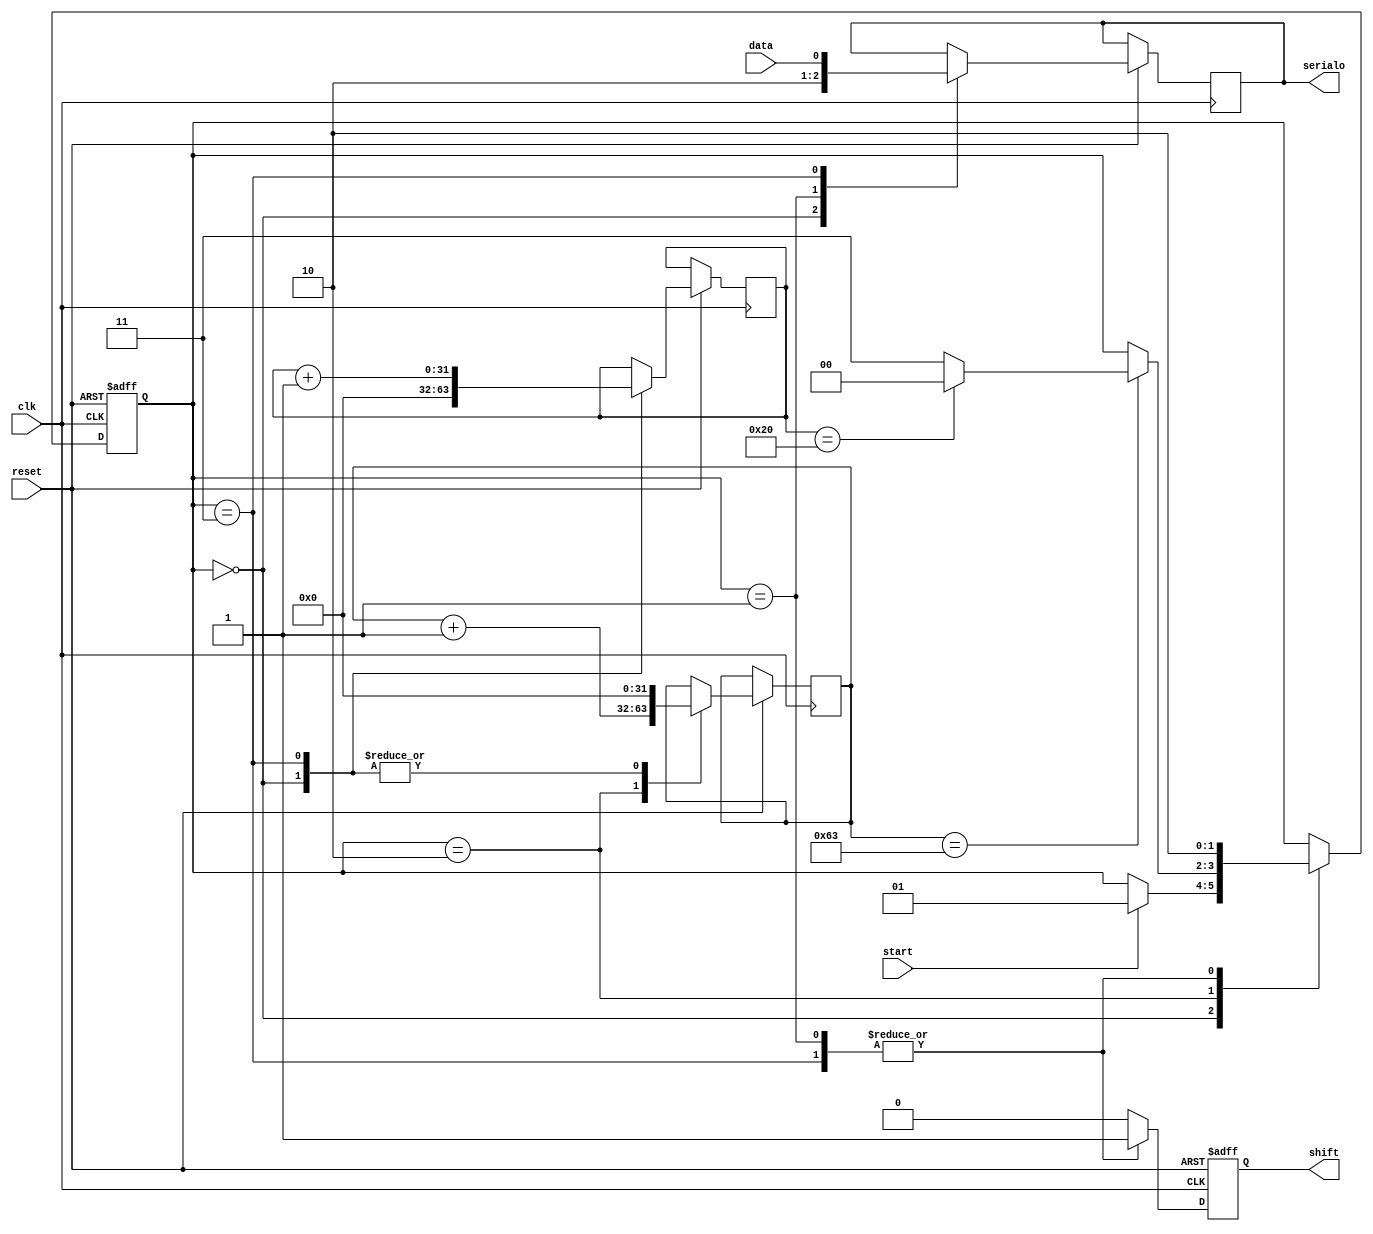
`timescale 1ns / 1ps
//////////////////////////////////////////////////////////////////////////////////
// Company: 
// Engineer: 
// 
// Design Name: 
// Module Name:    UART 
// Project Name: 
// Target Devices: 
// Tool versions: 
// Description: 
//
// Dependencies: 
//
// Revision: 
// Revision 0.01 - File Created
// Additional Comments: 
//
//////////////////////////////////////////////////////////////////////////////////
module UART #(parameter N=32, parameter M=100)(
	input clk,
	input reset,
	input data,
	input start,
	output reg shift,
	output reg serialo);
	
	parameter Wait=0;
	parameter Start=1;
	parameter Period=2;
	parameter Write=3;
	
	reg [31:0]counter;
	reg [31:0]period;
	reg [1:0] state;
	
	 always @ (posedge clk or negedge reset) begin
		shift<=0;
		if (reset==0) begin
			state<=Wait;
		end else begin
			case(state)
				Wait: begin
					counter<=32'b0;
					period<=32'b0;
					serialo<=1;
					if (start==1) begin
						state <= Start;
					end
				end
				Start: begin
					state<=Period;
					shift<=1;
					serialo<=0;
				end
				Period: begin
					period<=period+1;
					if (period==M-1) begin
						if (counter==N) begin
							state<=Wait;
						end else begin
							state<=Write;
						end						
					end
				end
				Write: begin
					period<=32'b0;
					serialo<=data;
					shift<=1;
					counter<=counter+1;
					state<=Period;
				end
			endcase
		end
	end


endmodule